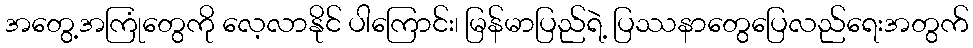
အတွေ့အကြုံတွေကို လေ့လာနိုင် ပါကြောင်း၊ မြန်မာပြည်ရဲ့ ပြဿနာတွေပြေလည်ရေးအတွက်